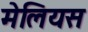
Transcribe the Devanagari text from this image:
मेलियस